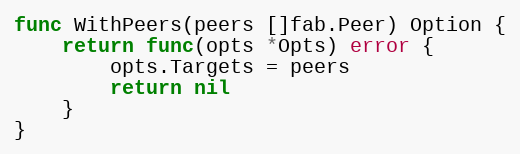
Language: Go
func WithPeers(peers []fab.Peer) Option {
	return func(opts *Opts) error {
		opts.Targets = peers
		return nil
	}
}